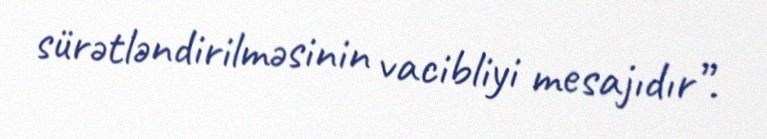
sürətləndirilməsinin vacibliyi mesajıdır”.